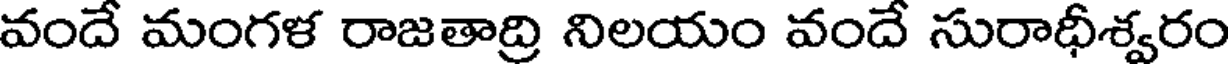
వందే మంగళ రాజతాద్రి నిలయం వందే సురాధీశ్వరం